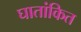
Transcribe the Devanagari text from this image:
घातांकित